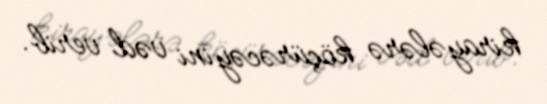
kirayələrə köçürəcəyini vəd verib.